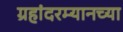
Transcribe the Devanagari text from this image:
ग्रहांदरम्यानच्या